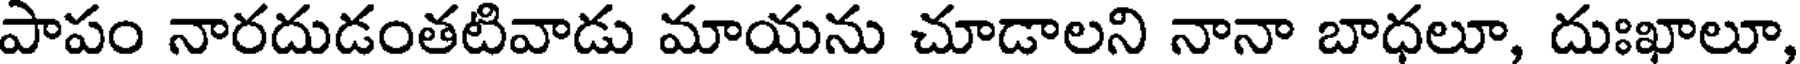
పాపం నారదుడంతటివాడు మాయను చూడాలని నానా బాధలూ, దుఃఖాలూ,